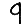
Digit: 9